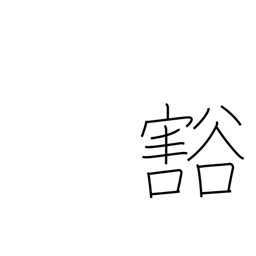
Meaning: empty